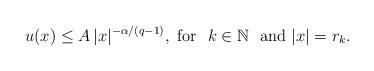
LaTeX: \begin{align*}u(x)\le A\, |x|^{-\alpha/(q-1)},\mbox{ for }\ k \in\mathbb{N}\ \mbox{ and } |x|=r_k.\end{align*}